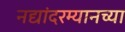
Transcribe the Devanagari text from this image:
नद्यांदरम्यानच्या